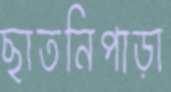
ছাতনিপাড়া